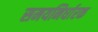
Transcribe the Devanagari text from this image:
समयनिर्धारक